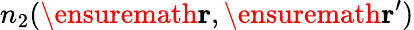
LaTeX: n_{2}(\ensuremath{\mathbf{r}},\ensuremath{\mathbf{r}}^{\prime})